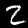
Label: 2